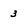
Character: 3